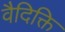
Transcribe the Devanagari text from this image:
वैदिक्ति